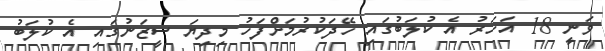
ވަނީ 18 އަހަރު އެ ކުލަބުގައި ހޭދަކުރުމަށްފަހު މިދިޔަ ސީޒަނުގައި އެ ކުލަބު